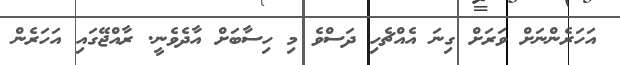
އަހަރެންނަށް ވަރަށް ގިނަ އެއްޗެހި ދަސްވެ މި ހިސާބަށް އާދެވެނީ. ރާއްޖޭގައި އަހަރެން